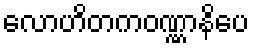
လောဟိတကဝဏ္ဏာနိပေ